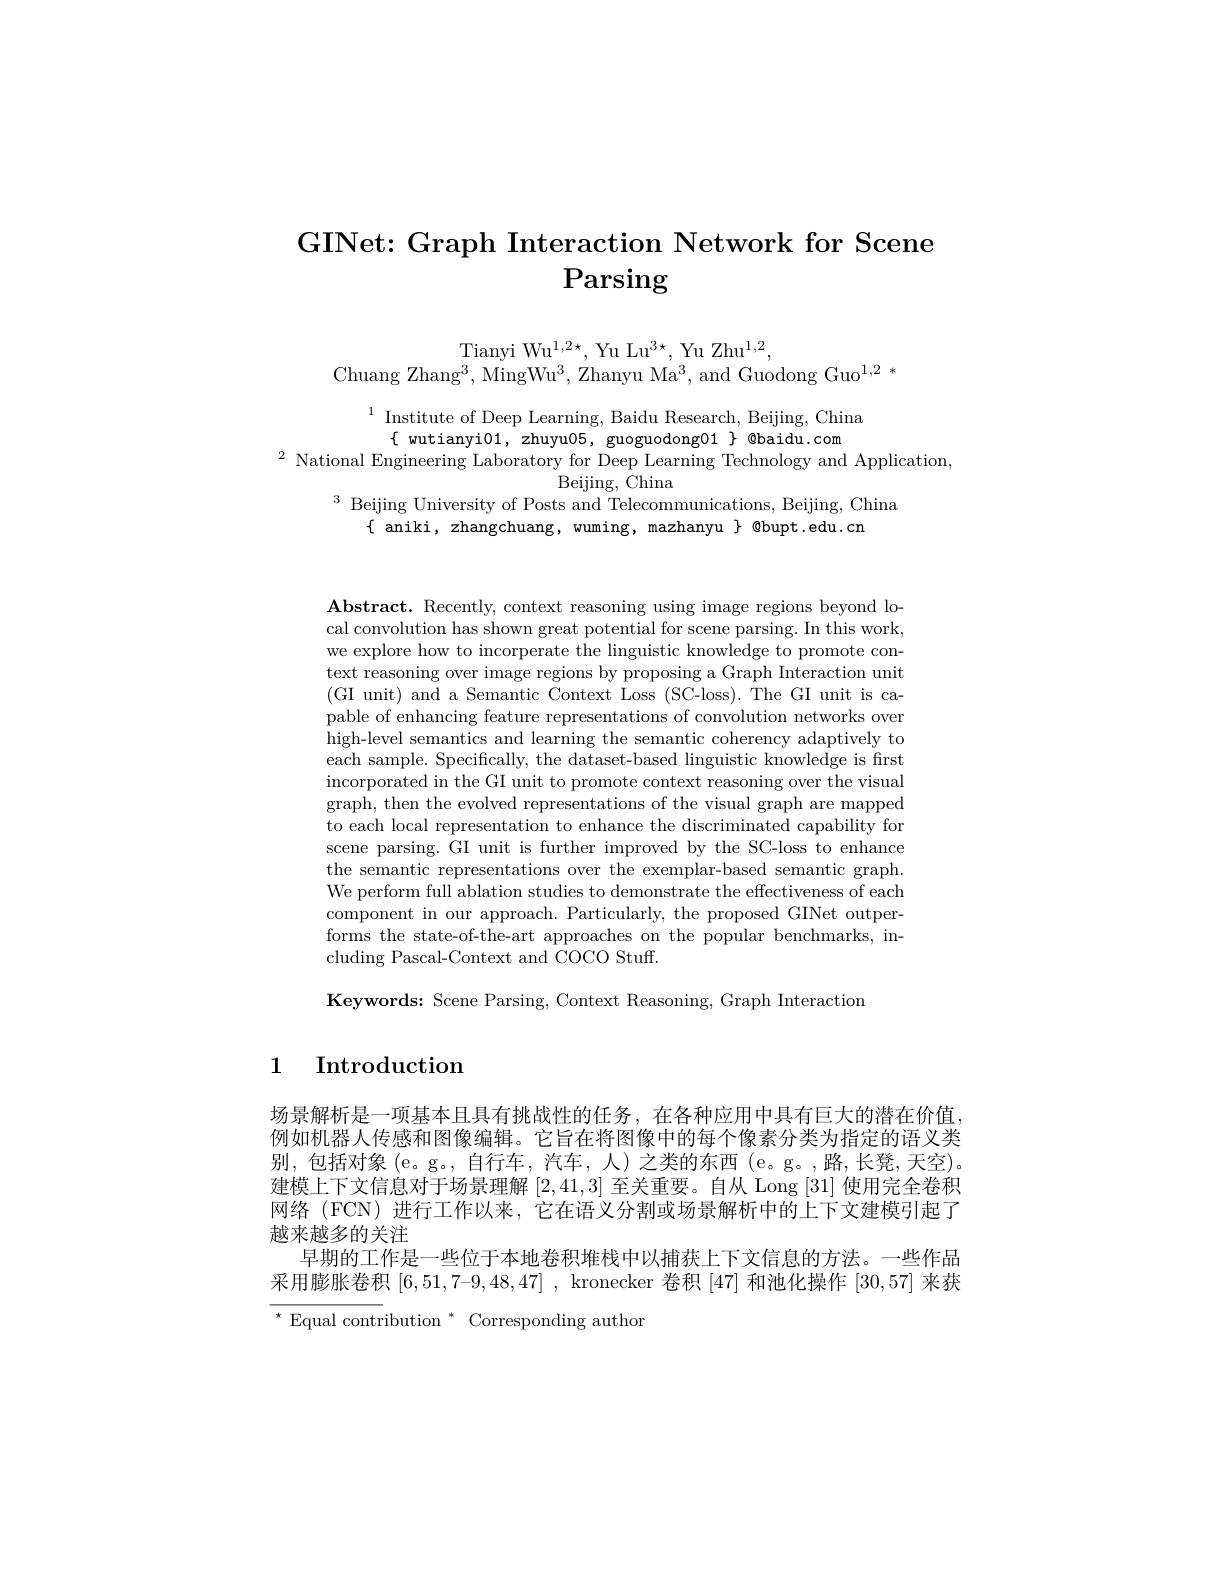
# GINet: Graph Interaction Network for Scene Parsing

Tianyi Wu$^1,2\star$, Yu Lu$^3\star$, Yu Zhu$^1,2$,
Chuang Zhang$^3$, MingWu$^3$, Zhanyu Ma$^3$, and Guodong Guo$^1,2*$

$\begin{array}{c}{1}&{\mathrm{Institute~of~Deep~Learning,~Baidu~Research,~Beijing,~China}}\\{\{~\mathrm{wutianyi01,~zhuyu05,~guoguodong01~}\}~@baidu.~com}\end{array}$
$^2$ National Engineering Laboratory for Deep Learning Technology and Application
$\operatorname{Beijing,~China}$
$^3$ Beijing University of Posts and Telecommunications, Beijing, China
$\{$ aniki, zhangchuang, wuming, mazhanyu $\}$ @bupt.edu.cn

$\mathbf{Abstract.~Recently,~context~reasoning~using~image~regions~beyond~lo-~}$ cal convolution has shown great potential for scene parsing. In this work, we explore how to incorperate the linguistic knowledge to promote context reasoning over image regions by proposing a Graph Interaction unit (GI unit) and a Semantic Context Loss (SC-loss). The GI unit is capable of enhancing feature representations of convolution networks over high-level semantics and learning the semantic coherency adaptively to each sample. Specifically, the dataset-based linguistic knowledge is first incorporated in the GI unit to promote context reasoning over the visual graph, then the evolved representations of the visual graph are mapped to each local representation to enhance the discriminated capability for scene parsing. GI unit is further improved by the SC-loss to enhance the semantic representations over the exemplar-based semantic graph. We perform full ablation studies to demonstrate the effectiveness of each component in our approach. Particularly, the proposed GINet outperforms the state-of-the-art approaches on the popular benchmarks, including Pascal-Context and COCO Stuff.

$\mathbf{Keywords:~Scene~Parsing,~Context~Reasoning,~Graph~Interaction}$

## 1 Introduction

场景解析是一项基本且具有挑战性的任务，在各种应用中具有巨大的潜在价值例如机器人传感和图像编辑。它旨在将图像中的每个像素分类为指定的语义类别，包括对象(e。g。, 自行车，汽车，人)之类的东西 (e。g。,路，长凳，天空)。建模上下文信息对于场景理解[2,41,3]至关重要。自从 Long [31] 使用完全卷积网络 (FCN) 进行工作以来，它在语义分割或场景解析中的上下文建模引起了越来越多的关注
早期的工作是一些位于本地卷积堆栈中以捕获上下文信息的方法。一些作品采用膨胀卷积$[ 6, 51, 7– 9, 48, 47]$ , kronecker 卷积 [47] 和池化操作 [30,57] 来获$^{\star}$Equal contribution $^*$ Corresponding author